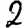
Digit: 2